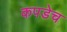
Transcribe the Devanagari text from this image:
कपडेच